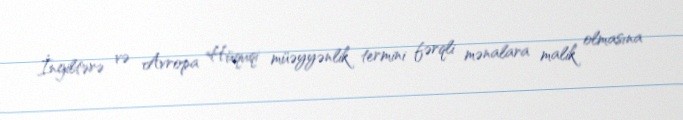
İngiltərə və Avropa Hüquqi müəyyənlik termini fərqli mənalara malik olmasına